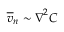
\overline { { v } } _ { n } \sim \boldsymbol \nabla ^ { 2 } C